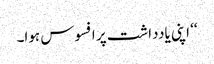
‘‘ اپنی یادداشت پر افسوس ہوا۔